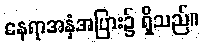
နေရာအနှံအပြား၌ ရှိသည်။